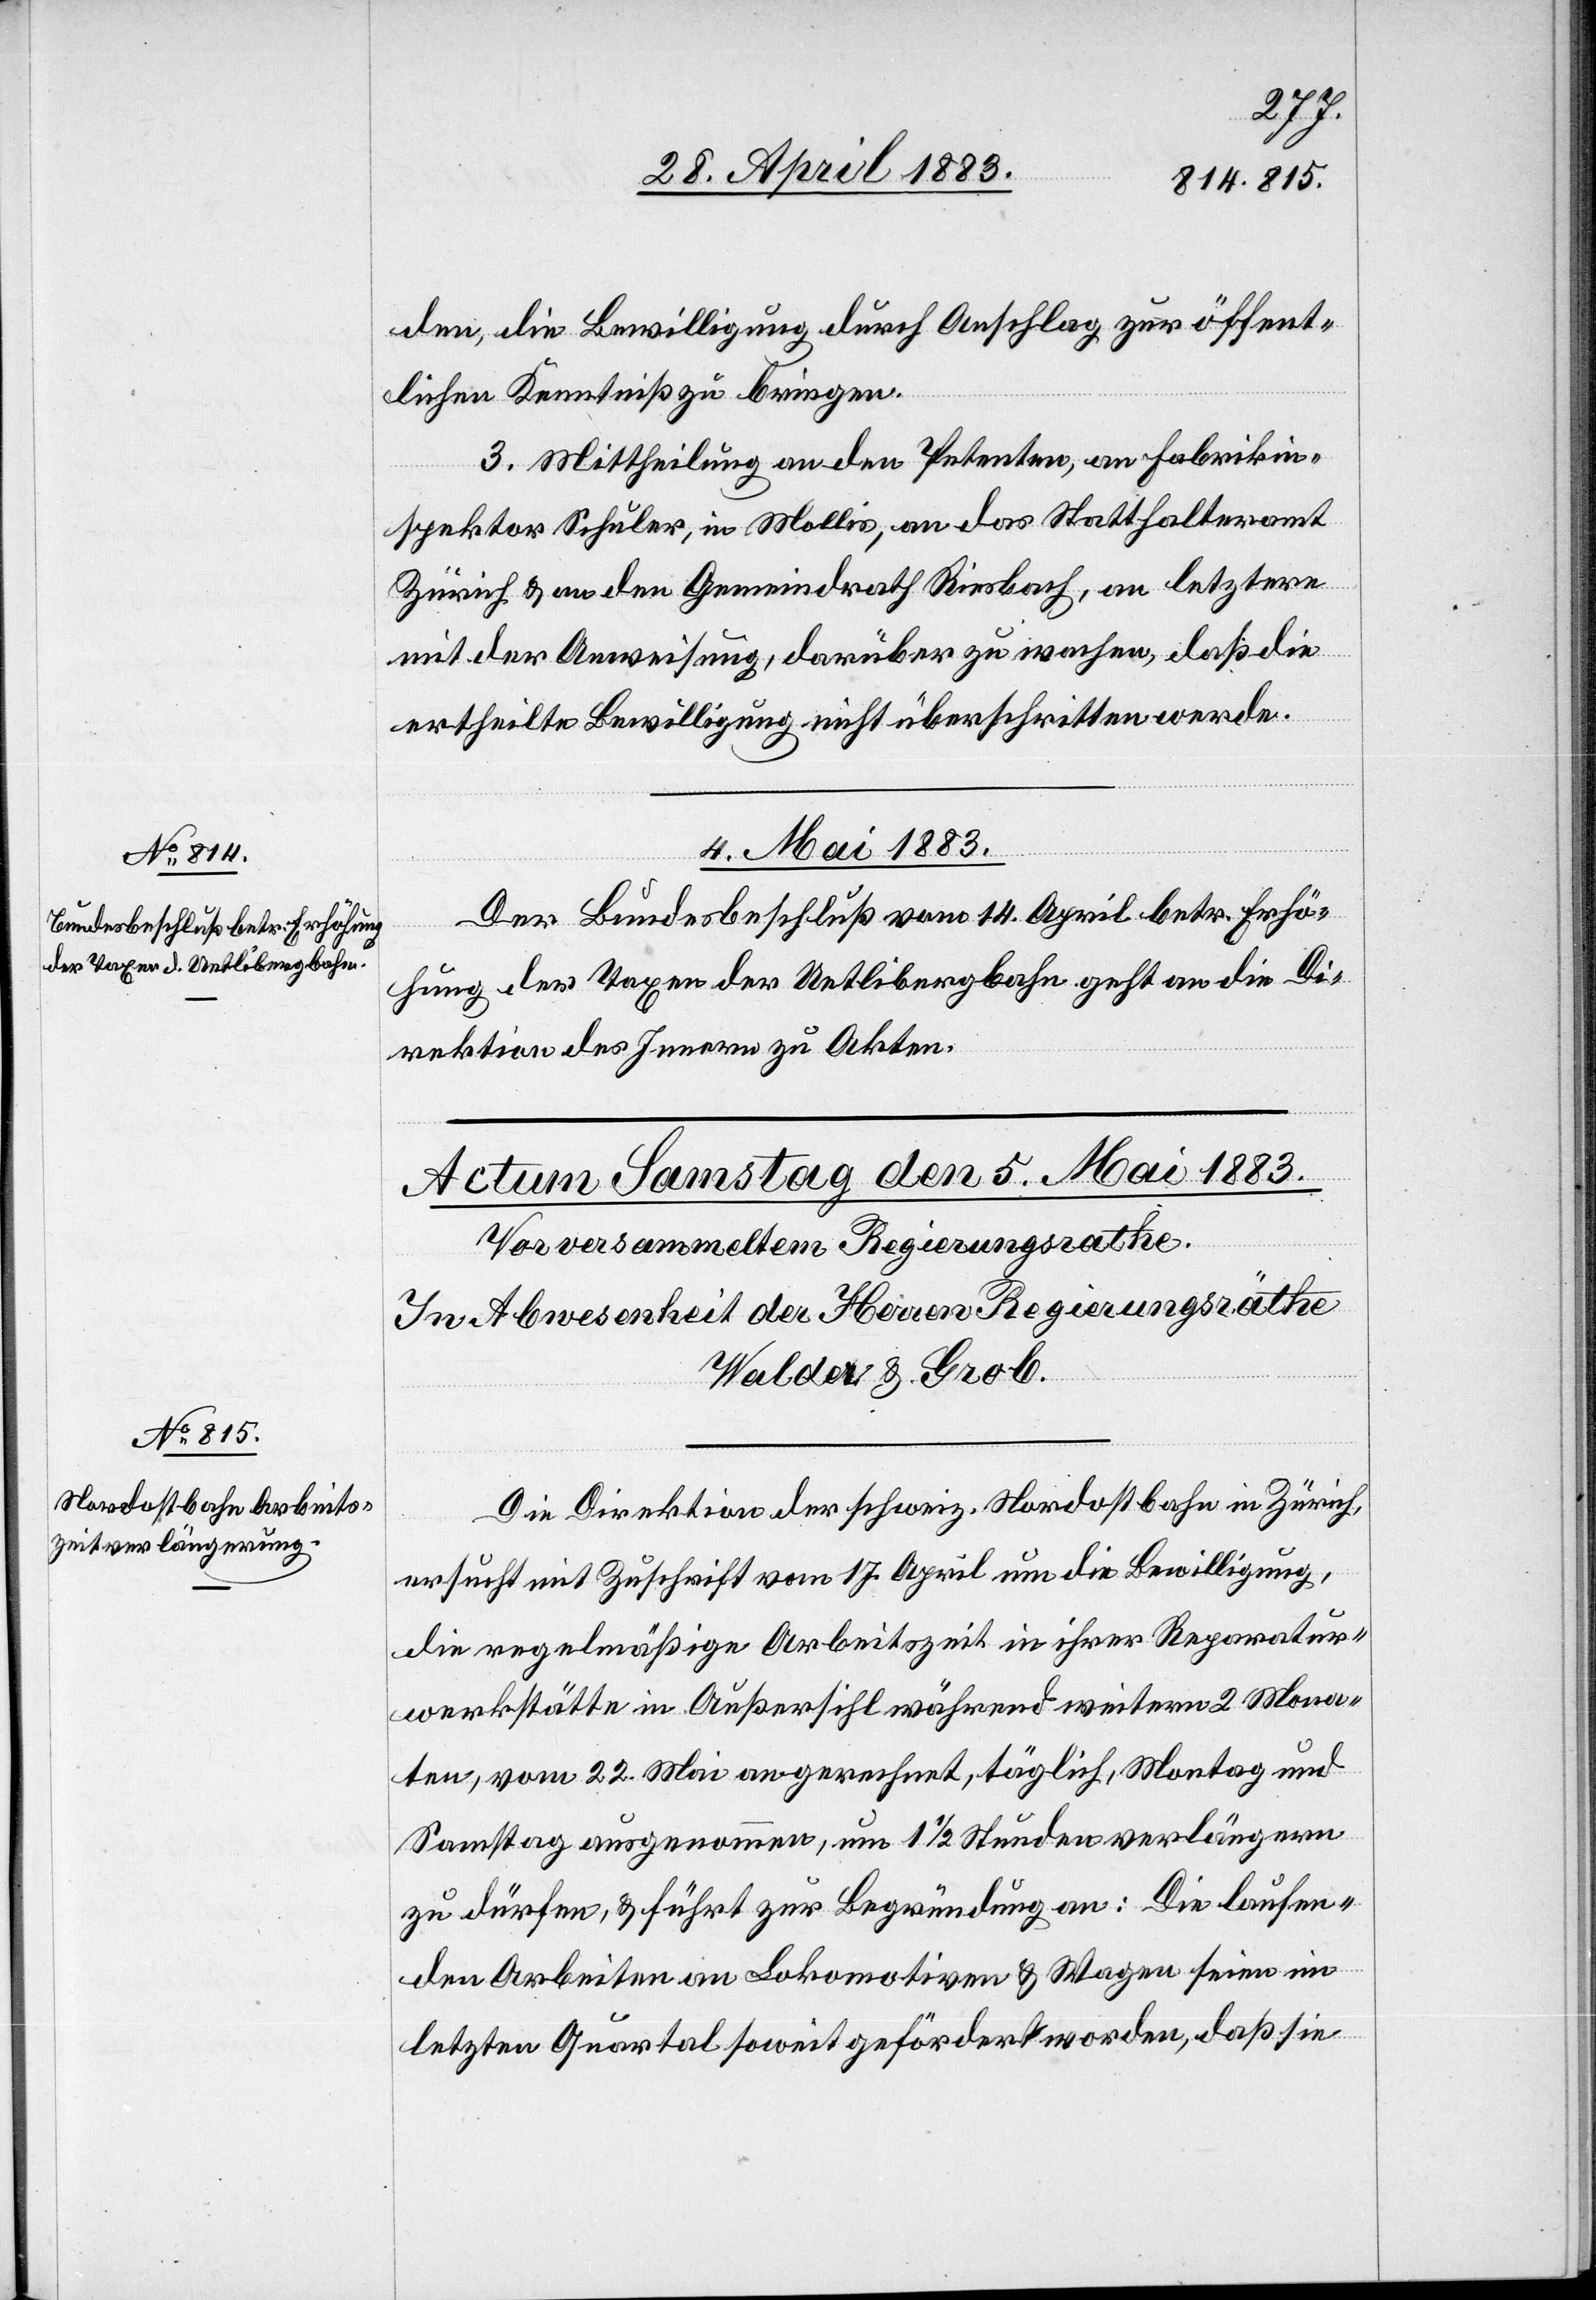
den, die Bewilligung durch Anschlag zur öffent¬
lichen Kenntniß zu bringen.
3. Mittheilung an den Petenten, an Fabrikin¬
spektor Schuler, in Mollis, an das Statthalteramt
Zürich & an den Gemeindrath Riesbach, an letztere
mit der Anweisung, darüber zu wachen, daß die
ertheilte Bewilligung nicht überschritten werde.
4. Mai 1883.
Der Bundesbeschluß vom 14. April betr. Erhö¬
hung der Taxen der Uetlibergbahn geht an die Di¬
rektion des Innern zu Akten.
Die Direktion der schweiz. Nordostbahn in Zürich,
ersucht mit Zuschrift vom 17. April um die Bewilligung,
die regelmäßige Arbeitszeit in ihrer Reparatur¬
werkstätte in Außersihl während weitern 2 Mona¬
ten, vom 22. Mai an gerechnet, täglich, Montag und
Samstag ausgenommen, um 1 1/2 Stunden verlängern
zu dürfen & führt zur Begründung an: Die laufen¬
den Arbeiten an Lokomotiven & Wagen seien im
letzten Quartal soweit gefördert worden, daß sie